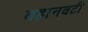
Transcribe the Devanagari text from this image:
वहानवटी